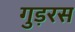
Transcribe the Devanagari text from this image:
गुड़रस